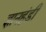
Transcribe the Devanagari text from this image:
ज्ञानहंडी